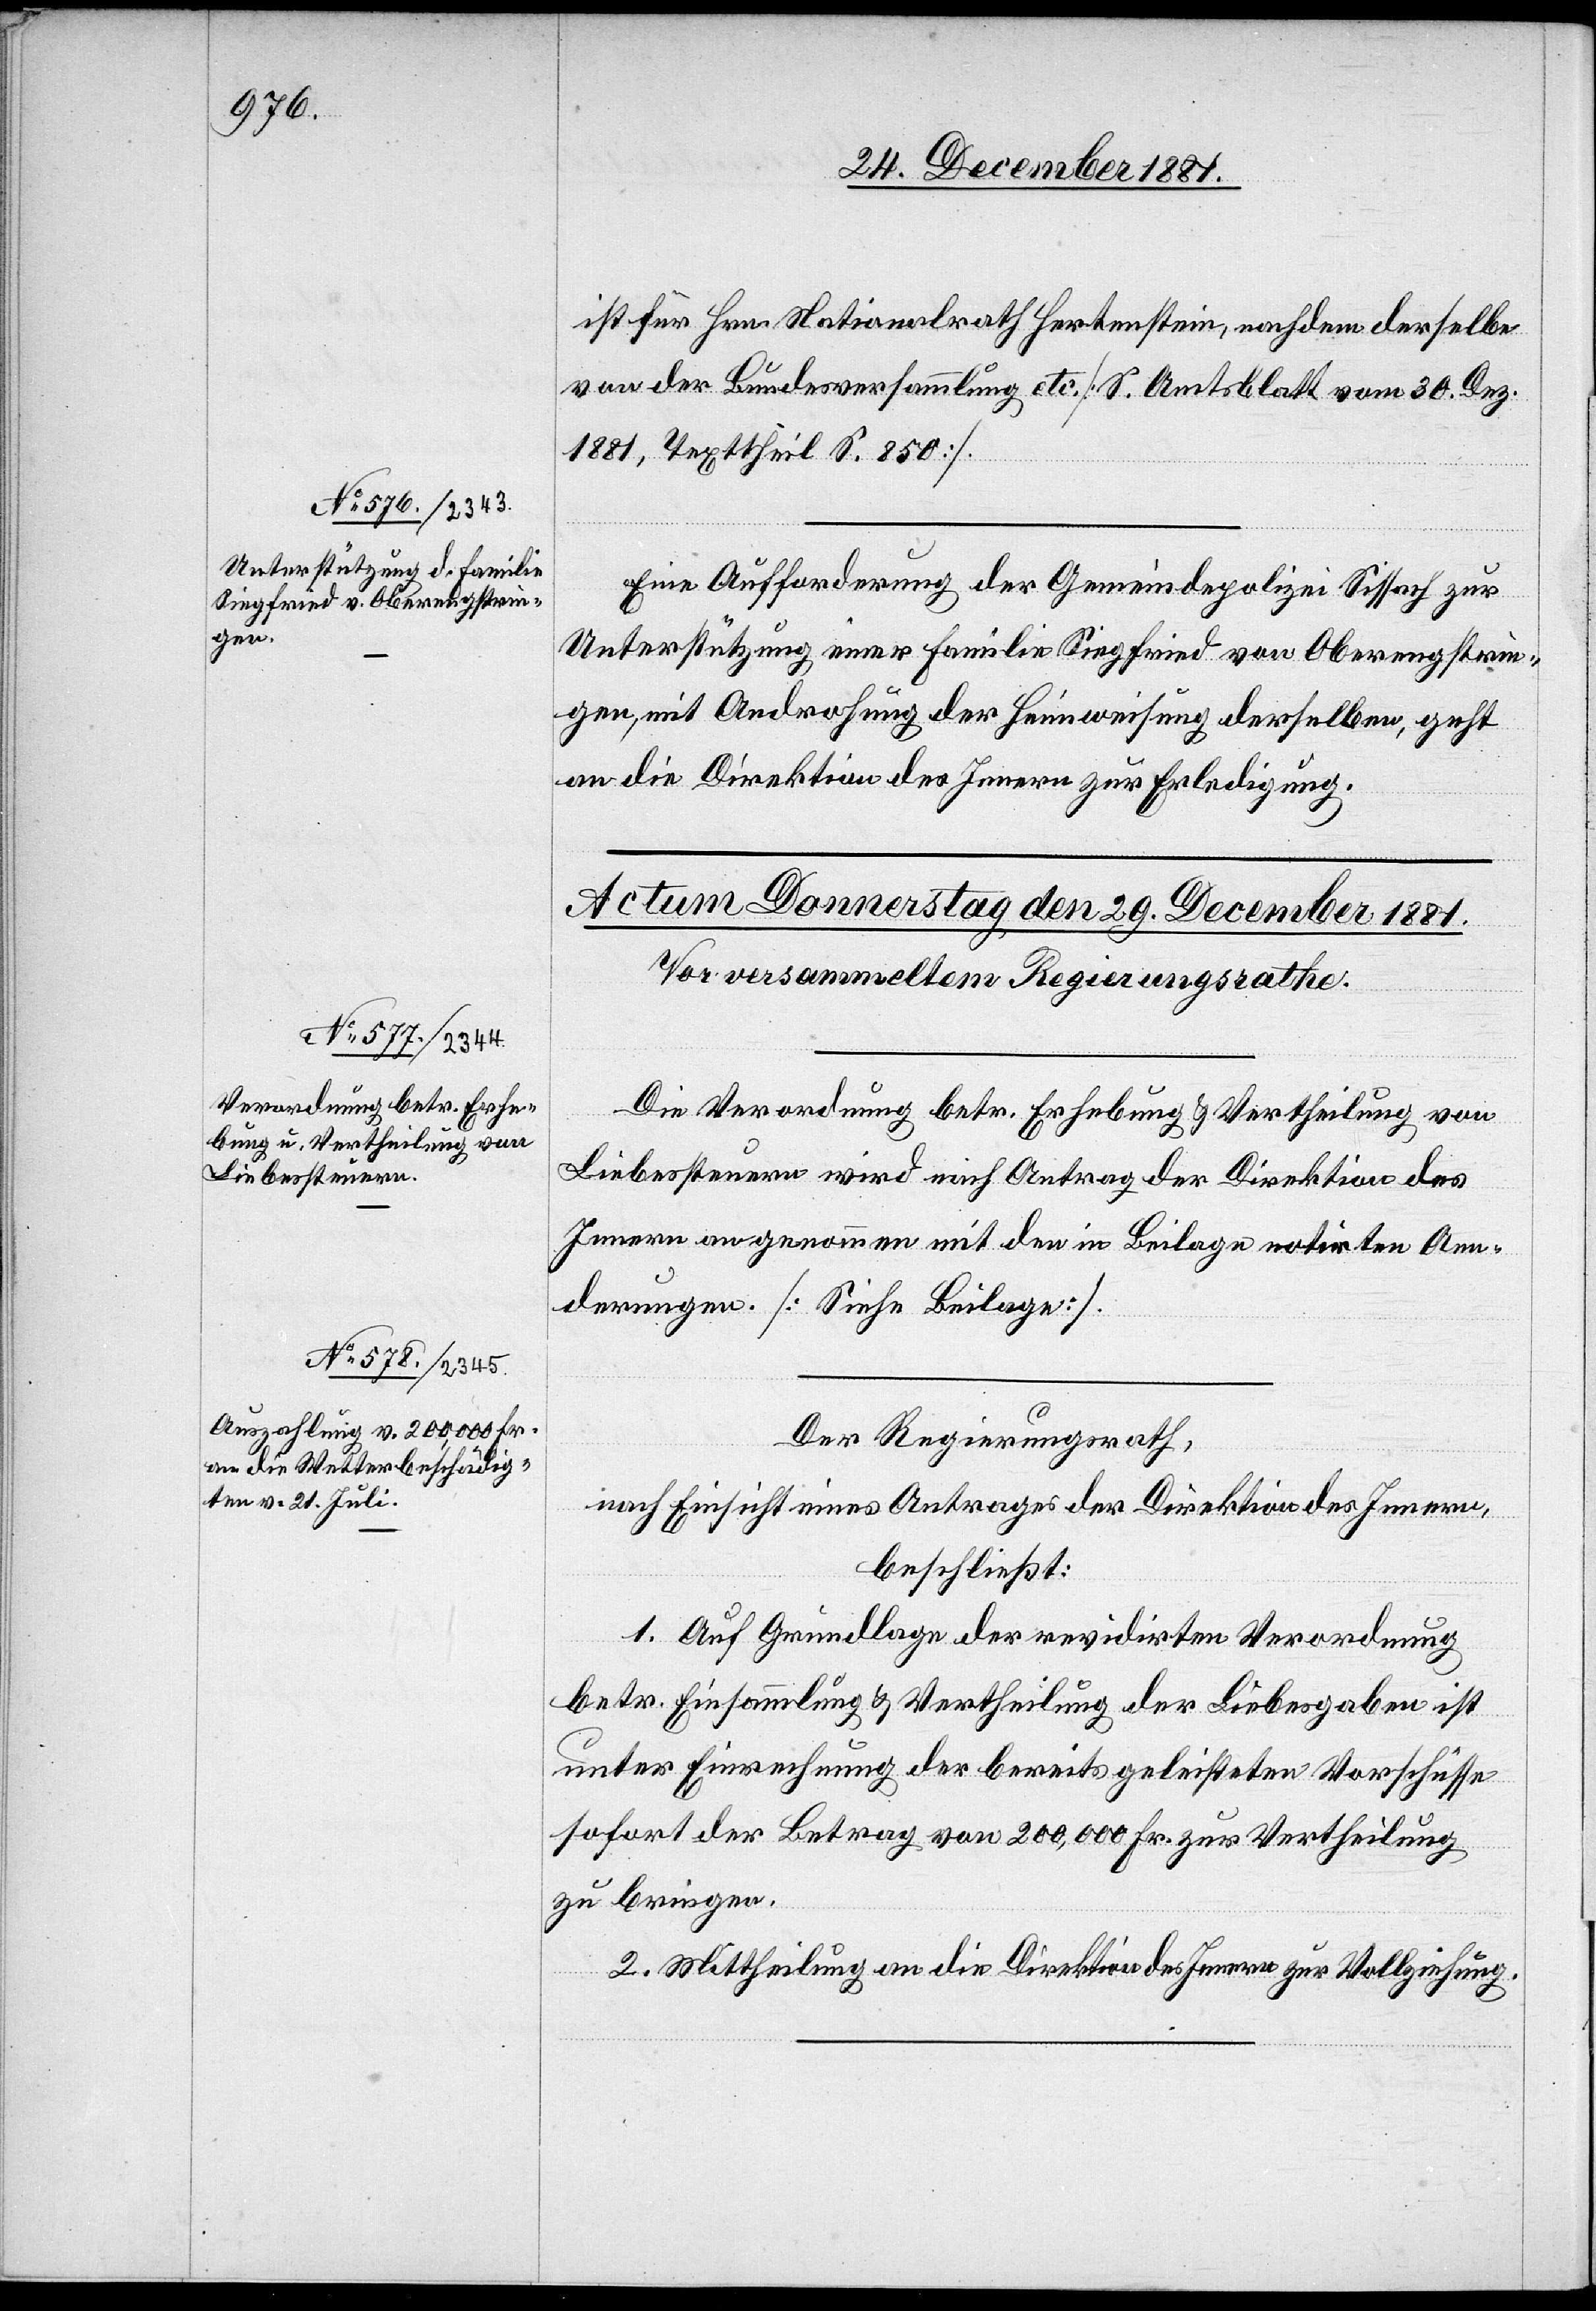
28. December 1881.]
ist für Hrn. Nationalrath Hertenstein, nachdem derselbe
von der Bundesversammlung etc. [S. Amtsblatt vom 30. Dez.
1881, Texttheil S. 850].
Eine Aufforderung der Gemeindepolizei Sissach zur
Unterstützung einer Familie Siegfried von Oberengstrin¬
gen, mit Androhung der Heimweisung derselben, geht
an die Direktion des Innern zur Erledigung.
Die Verordnung betr. Erhebung & Vertheilung von
Liebessteuern wird nach Antrag der Direktion des
Innern angenommen mit den in Beilage notirten Aen¬
derungen. [Siehe Beilage].
Der Regierungsrath,
nach Einsicht eines Antrages der Direktion des Innern,
beschließt:
1. Auf Grundlage der revidirten Verordnung
betr. Einsammlung & Vertheilung der Liebesgaben ist
unter Einrechnung der bereits geleisteten Vorschüsse
sofort der Betrag von 200,000 Fr. zur Vertheilung
zu bringen.
2. Mittheilung an die Direktion des Innern zur Vollziehung.